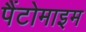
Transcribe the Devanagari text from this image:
पैंटोमाइम